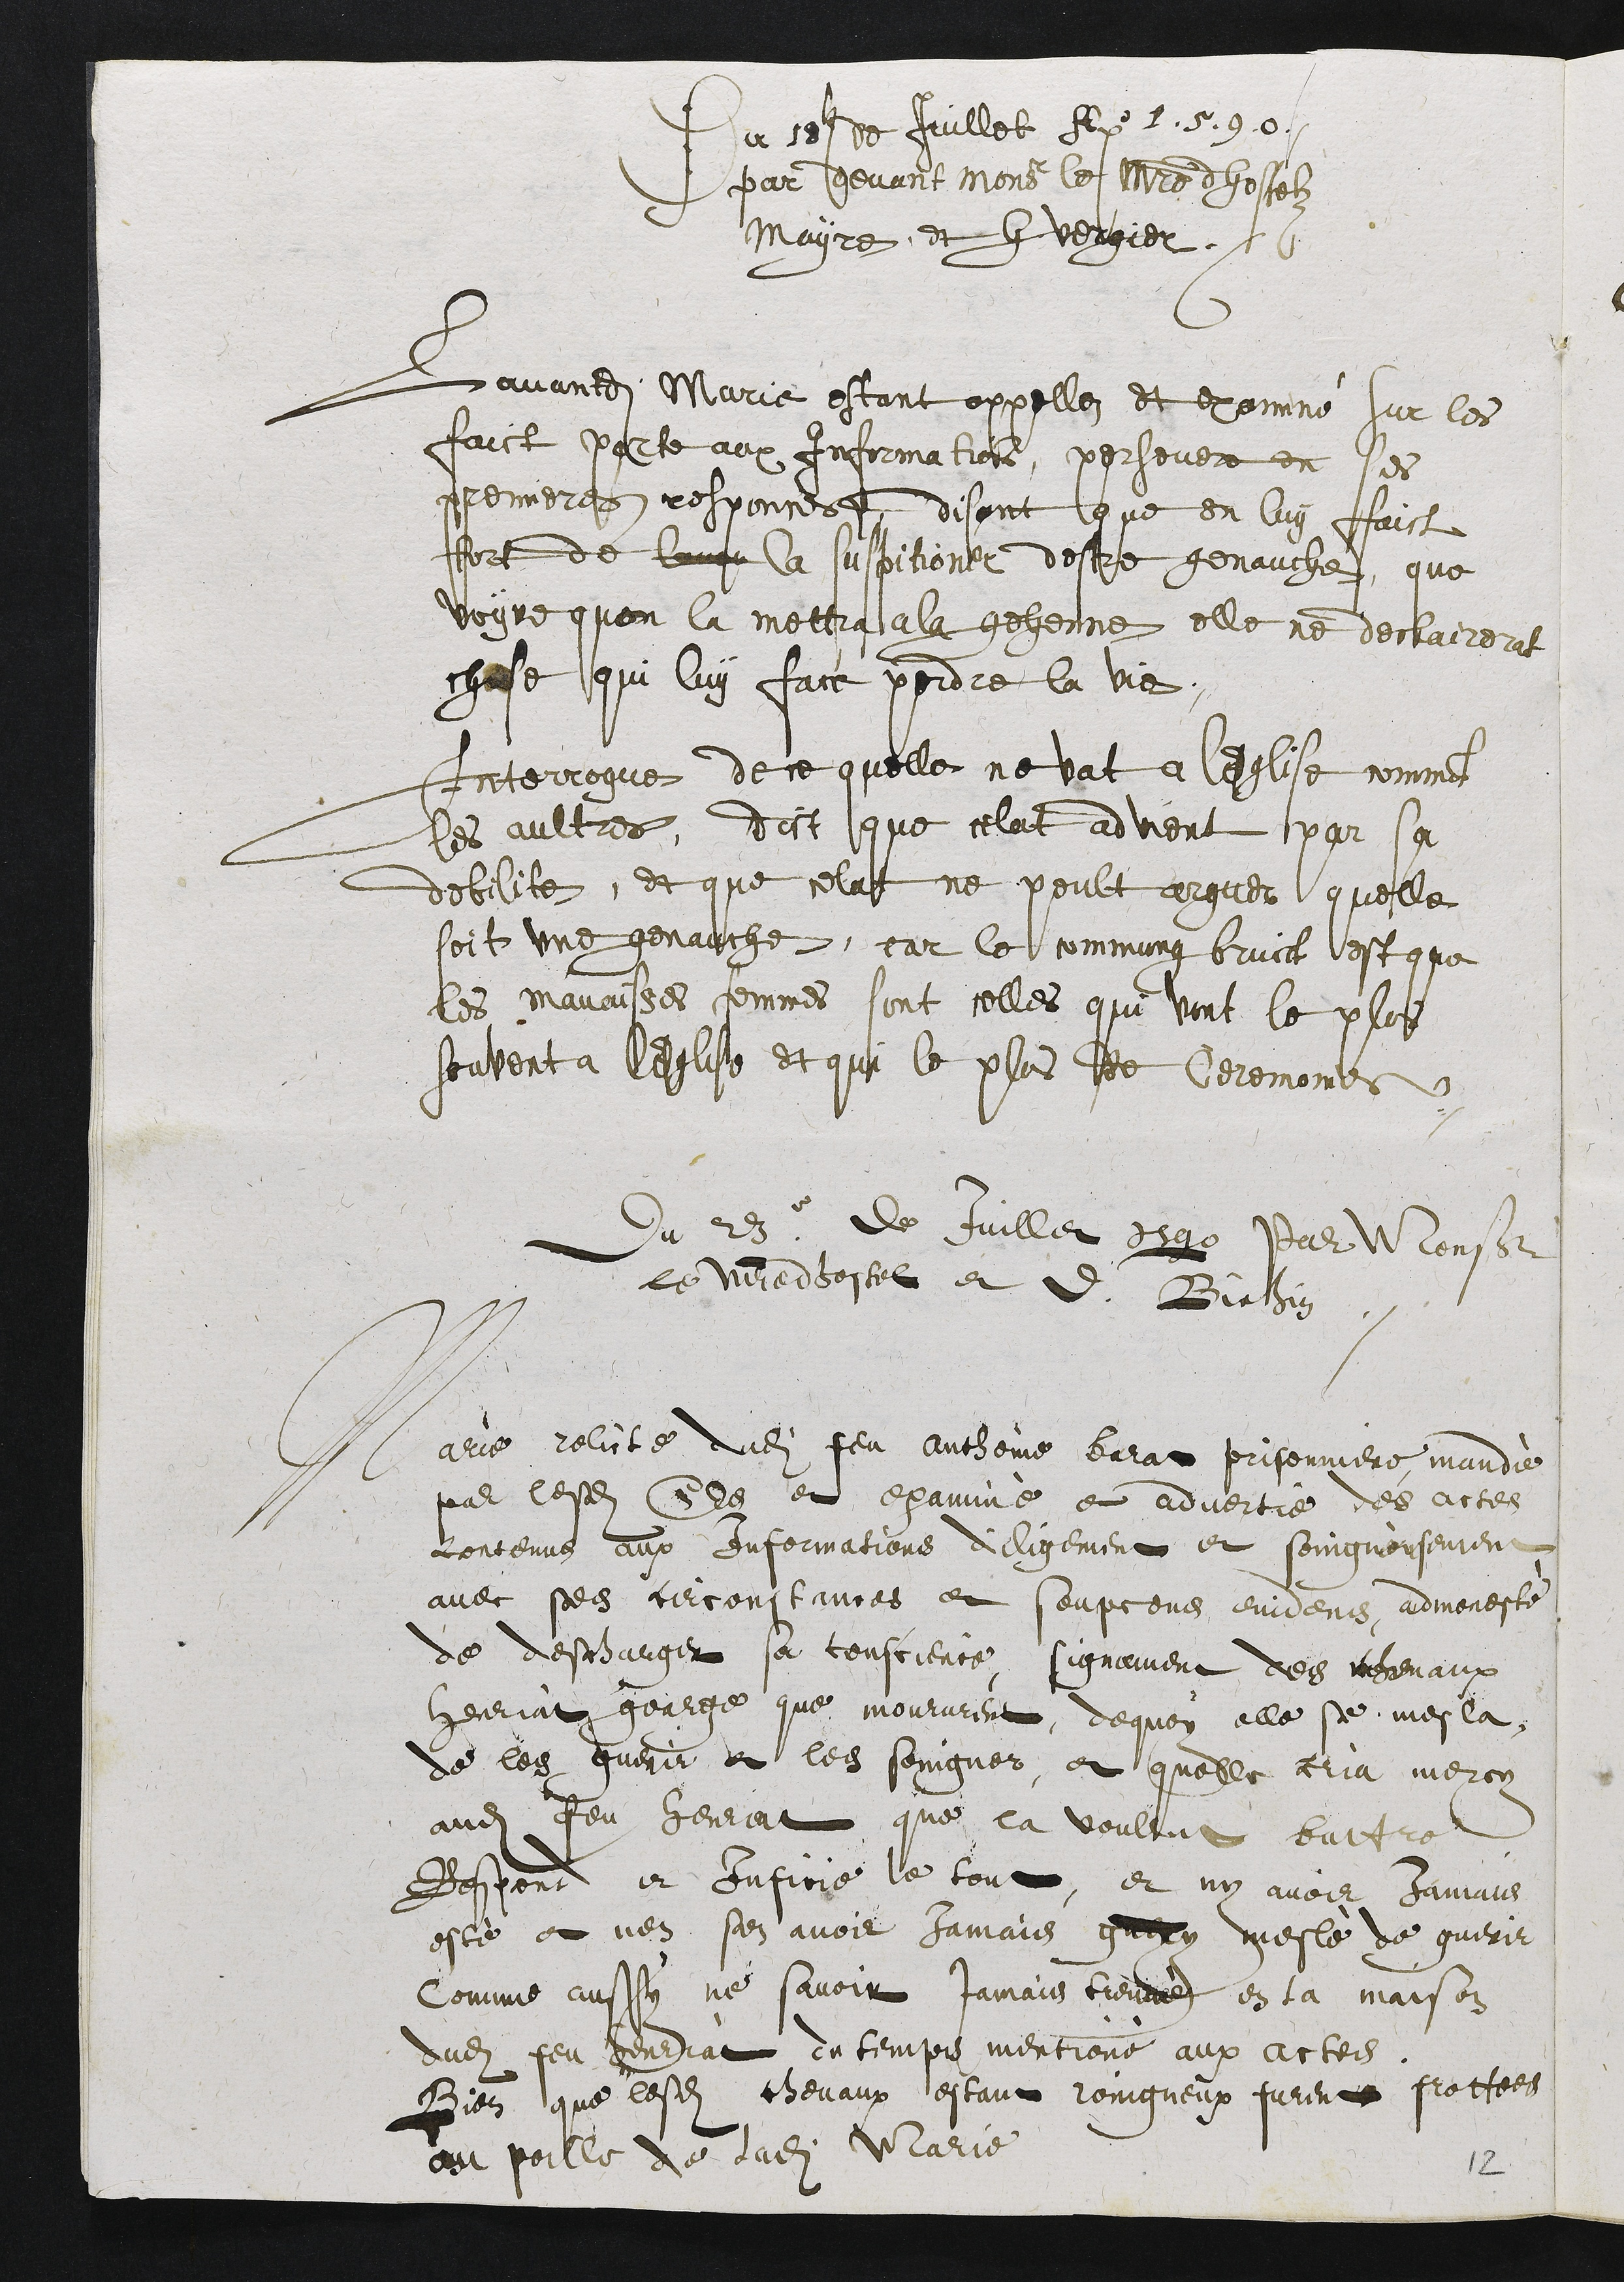
Du set de Juillet A l. 5.90
par devant Monsi le maistre dhostelz
mayre et gvergier
Savandite Marie estant appellez et exommé sur les
faict parte aux informations, persevere en ses
premieres responne, disant que en luy faict
fort de langr la suspitioner destre genauche, que
voyre quon la mettrga la gehenne elle ne declairert
chose qui luy face perdre la vie.
Interrogue de ce quelle ne vat a lEglise comme
les aultres, dict que celat advent par sa
debilite, et que celat ne peult arguer quelle
soit une genauche, car le commung bruict est que
les mavaitses femmes sont celles qui vont le plus
souvent a lEglise et qui le plus de Ceremones
Du 28e de Juillet 1290 Par Monser
le Vitre dhostel et d. Bicethin
Marie relite dudit feu auchoie berat prisonniere mandie
par lesdites Ces et examiné et advertre des actes
contenus aux Informations dilligement et soingnousement
avec ses circonstiimes et soupcons enidens, admonesté
de descharger sa couscience, signament des cohevaux
herriat goarge que moururent, de quoy elle se mesla
de les guerir et les soingnes, et quelle cria mercy
audit Jeu henriat que la voultut battre
Respond et Iuficié le tout, et ny avoir Jamais
esté et nen sen avoir jamais grery meslé de guerir
Comme aussy ne savoir jamais tienae en la maison
dudit feu genediat cntemps mentioné aux actes
Pien que lesdits chevaux estant roingneux furent frottess
ou poille de ladite Marie